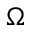
\Omega